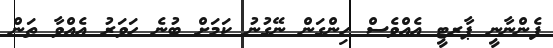
ފެންނާނީ ޕާރޓީ އެއްވެސް ހިންގަން ނޭގުނު ކަމަށް ބުނެ ހަވަރު އެއްވާ ތަން